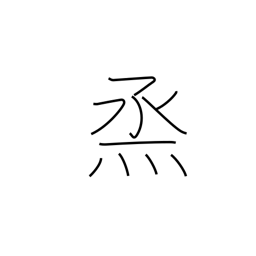
Meaning: to steam